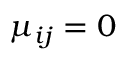
\mu _ { i j } = 0